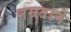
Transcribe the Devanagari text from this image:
नम्रताने